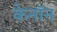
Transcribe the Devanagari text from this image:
केनॉन